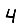
Digit: 4